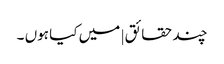
چند حقائق | میں کیا ہوں ۔